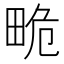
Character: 𤱯